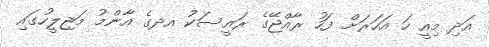
އަދި މިއީ ހަ އަހަރަށް ފަހު ރާއްޖޭގެ ރައީސަކު އދގެ އާންމު މަޖިލީހުގައި